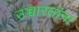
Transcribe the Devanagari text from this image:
उच्चारतांना